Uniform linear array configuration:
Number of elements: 64
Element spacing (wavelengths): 1
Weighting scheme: binomial
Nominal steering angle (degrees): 45
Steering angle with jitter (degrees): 43.759
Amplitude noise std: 0.05
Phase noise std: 0.05

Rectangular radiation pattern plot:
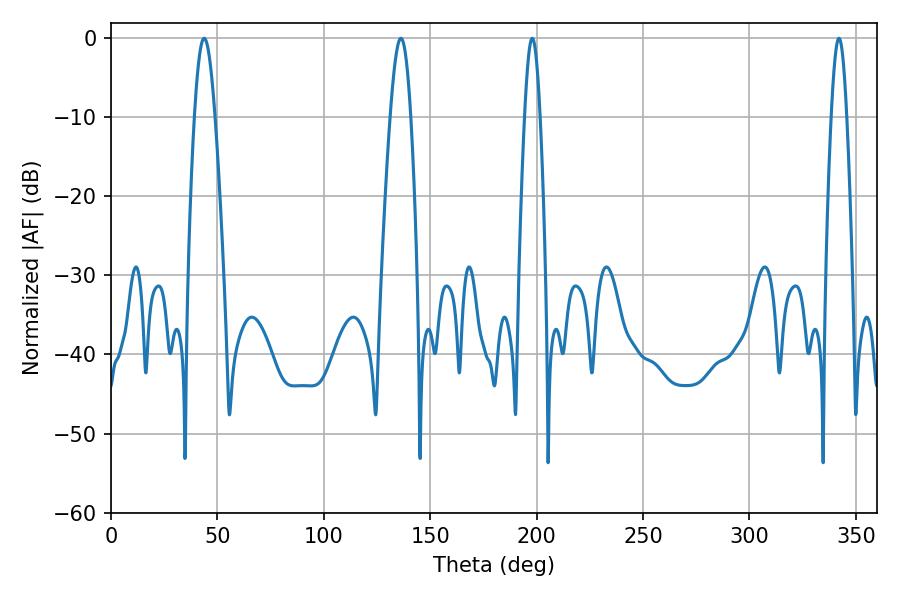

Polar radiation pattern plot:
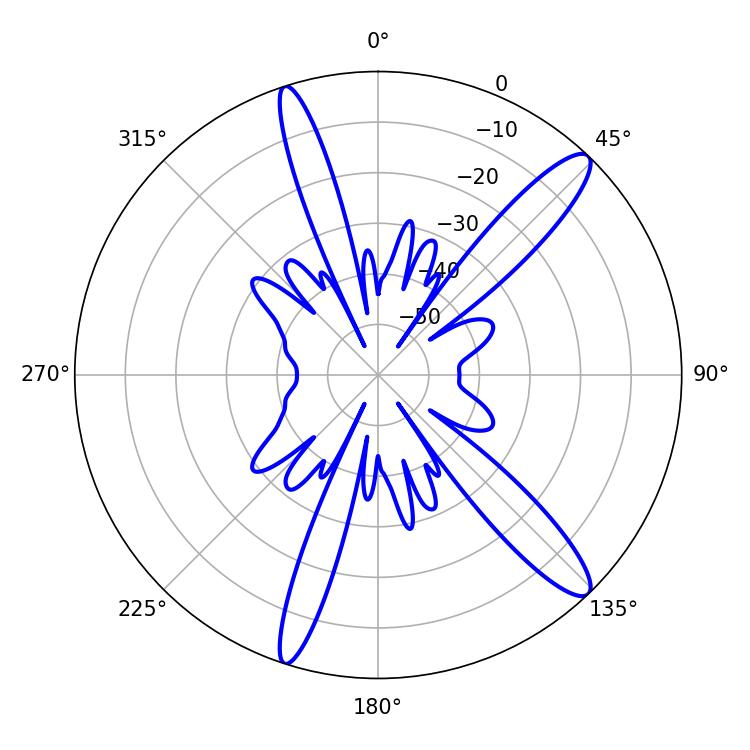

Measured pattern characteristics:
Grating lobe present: TRUE
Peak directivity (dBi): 13.41
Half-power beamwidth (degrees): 5.22
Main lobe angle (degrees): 43.74